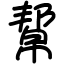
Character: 幚